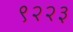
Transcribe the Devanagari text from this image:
९२२३